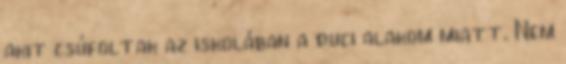
akit csúfoltak az iskolában a duci alakom miatt. Nem